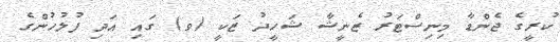
ކުރީގެ ޖެންޑާ މިނިސްޓަރު ޒެނީޝާ ޝަހީދު ޒަކީ (ވ) ގައި އަދި ފުލުހުންގެ